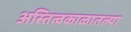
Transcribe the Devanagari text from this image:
अस्तित्वकाळातल्या